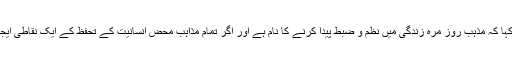
ملاقات میں گفتگو کرتے ہوئے صاحبزادہ حسین محی الدین قادری نے کہا کہ مذہب روز مرہ زندگی میں نظم و ضبط پیدا کرنے کا نام ہے اور اگر تمام مذاہب محض انسانیت کے تحفظ کے ایک نقاطی ایجنڈے پر اتحاد کر لیں تو یہی دنیا امن و محبت کی آماجگاہ بن سکتی ہے۔